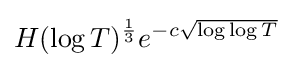
H(\log T)^{\frac {1}{3}}e^{-c{\sqrt {\log \log T}}}